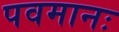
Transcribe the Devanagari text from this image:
पवमानः